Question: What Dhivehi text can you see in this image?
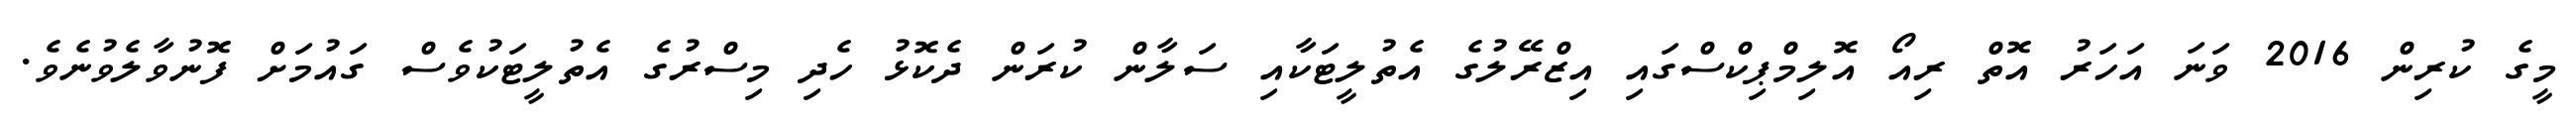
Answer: މީގެ ކުރިން 2016 ވަނަ އަހަރު އޮތް ރިއޯ އޮލިމްޕިކްސްގައި އިޒްރޭލުގެ އެތުލީޓަކާއި ސަލާން ކުރަން ދެކޮޅު ހެދި މިސްރުގެ އެތުލީޓަކުވެސް ގައުމަށް ފޮނުވާލެވުނެވެ.